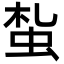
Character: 蚻